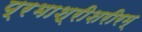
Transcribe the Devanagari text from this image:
प्रभाश्रीशरीरम्